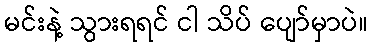
မင်းနဲ့ သွားရရင် ငါ သိပ် ပျော်မှာပဲ။